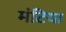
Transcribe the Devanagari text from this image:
मंटिया